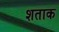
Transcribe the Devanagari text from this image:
शताक